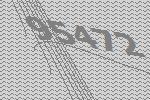
95472